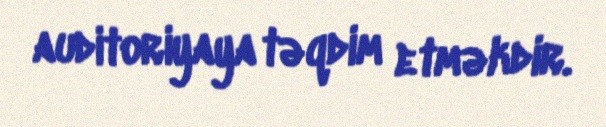
auditoriyaya təqdim etməkdir.